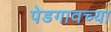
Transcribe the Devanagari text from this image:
पेडगावच्या